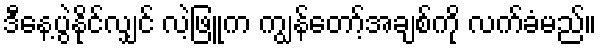
ဒီနေ့ပွဲနိုင်လျှင် လဲ့ဖြူက ကျွန်တော့်အချစ်ကို လက်ခံမည်။